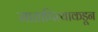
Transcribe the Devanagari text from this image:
मातापित्याकडून